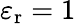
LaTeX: \varepsilon_{\mathrm{r}}=1